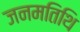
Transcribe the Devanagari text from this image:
जनमतिथि